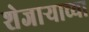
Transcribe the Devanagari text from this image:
शेजार्‍याच्या